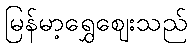
မြန်မာ့ရွှေဈေးသည်